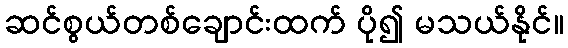
ဆင်စွယ်တစ်ချောင်းထက် ပို၍ မသယ်နိုင်။